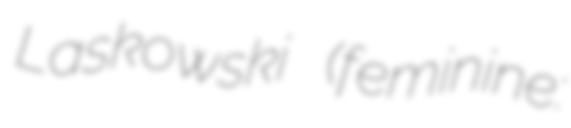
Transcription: Laskowski (feminine: